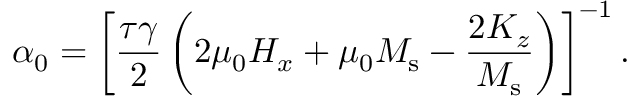
\alpha _ { 0 } = \left[ \frac { \tau \gamma } { 2 } \left( 2 \mu _ { 0 } H _ { x } + \mu _ { 0 } M _ { \mathrm { s } } - \frac { 2 K _ { z } } { M _ { \mathrm { s } } } \right) \right] ^ { - 1 } .